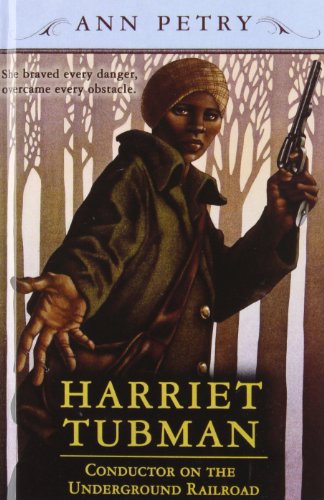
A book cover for Harriet Tubman: Conductor on the Underground Railroad; Ann Lane Petry; Teen & Young Adult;